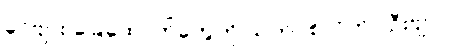
ခင်ဗျား ခြေထောက်တွေကို သုတ်ပစ်လိုက်ပါဦးဗျာ။